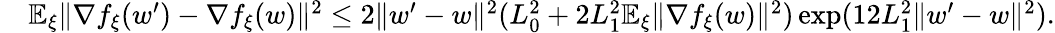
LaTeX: \begin{array}{rl}&{\mathbb{E}_{\xi}\| \nabla f_{\xi}(w^{\prime})-\nabla f_{\xi}(w)\| ^{2}\le 2\| w^{\prime}-w\| ^{2}(L_{0}^{2}+2L_{1}^{2}\mathbb{E}_{\xi}\| \nabla f_{\xi}(w)\| ^{2})\exp(12L_{1}^{2}\| w^{\prime}-w\| ^{2}).}\end{array}